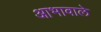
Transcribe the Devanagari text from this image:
आभावाले